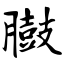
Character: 臌